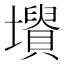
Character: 𡓤